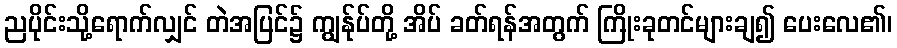
ညပိုင်းသို့ရောက်လျှင် တဲအပြင်၌ ကျွန်ုပ်တို့ အိပ် ခတ်ရန်အတွက် ကြိုးခုတင်များချ၍ ပေးလေ၏၊